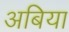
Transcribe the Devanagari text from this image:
अबिया